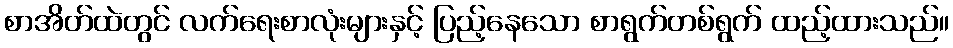
စာအိတ်ထဲတွင် လက်ရေးစာလုံးများနှင့် ပြည့်နေသော စာရွက်တစ်ရွက် ထည့်ထားသည်။